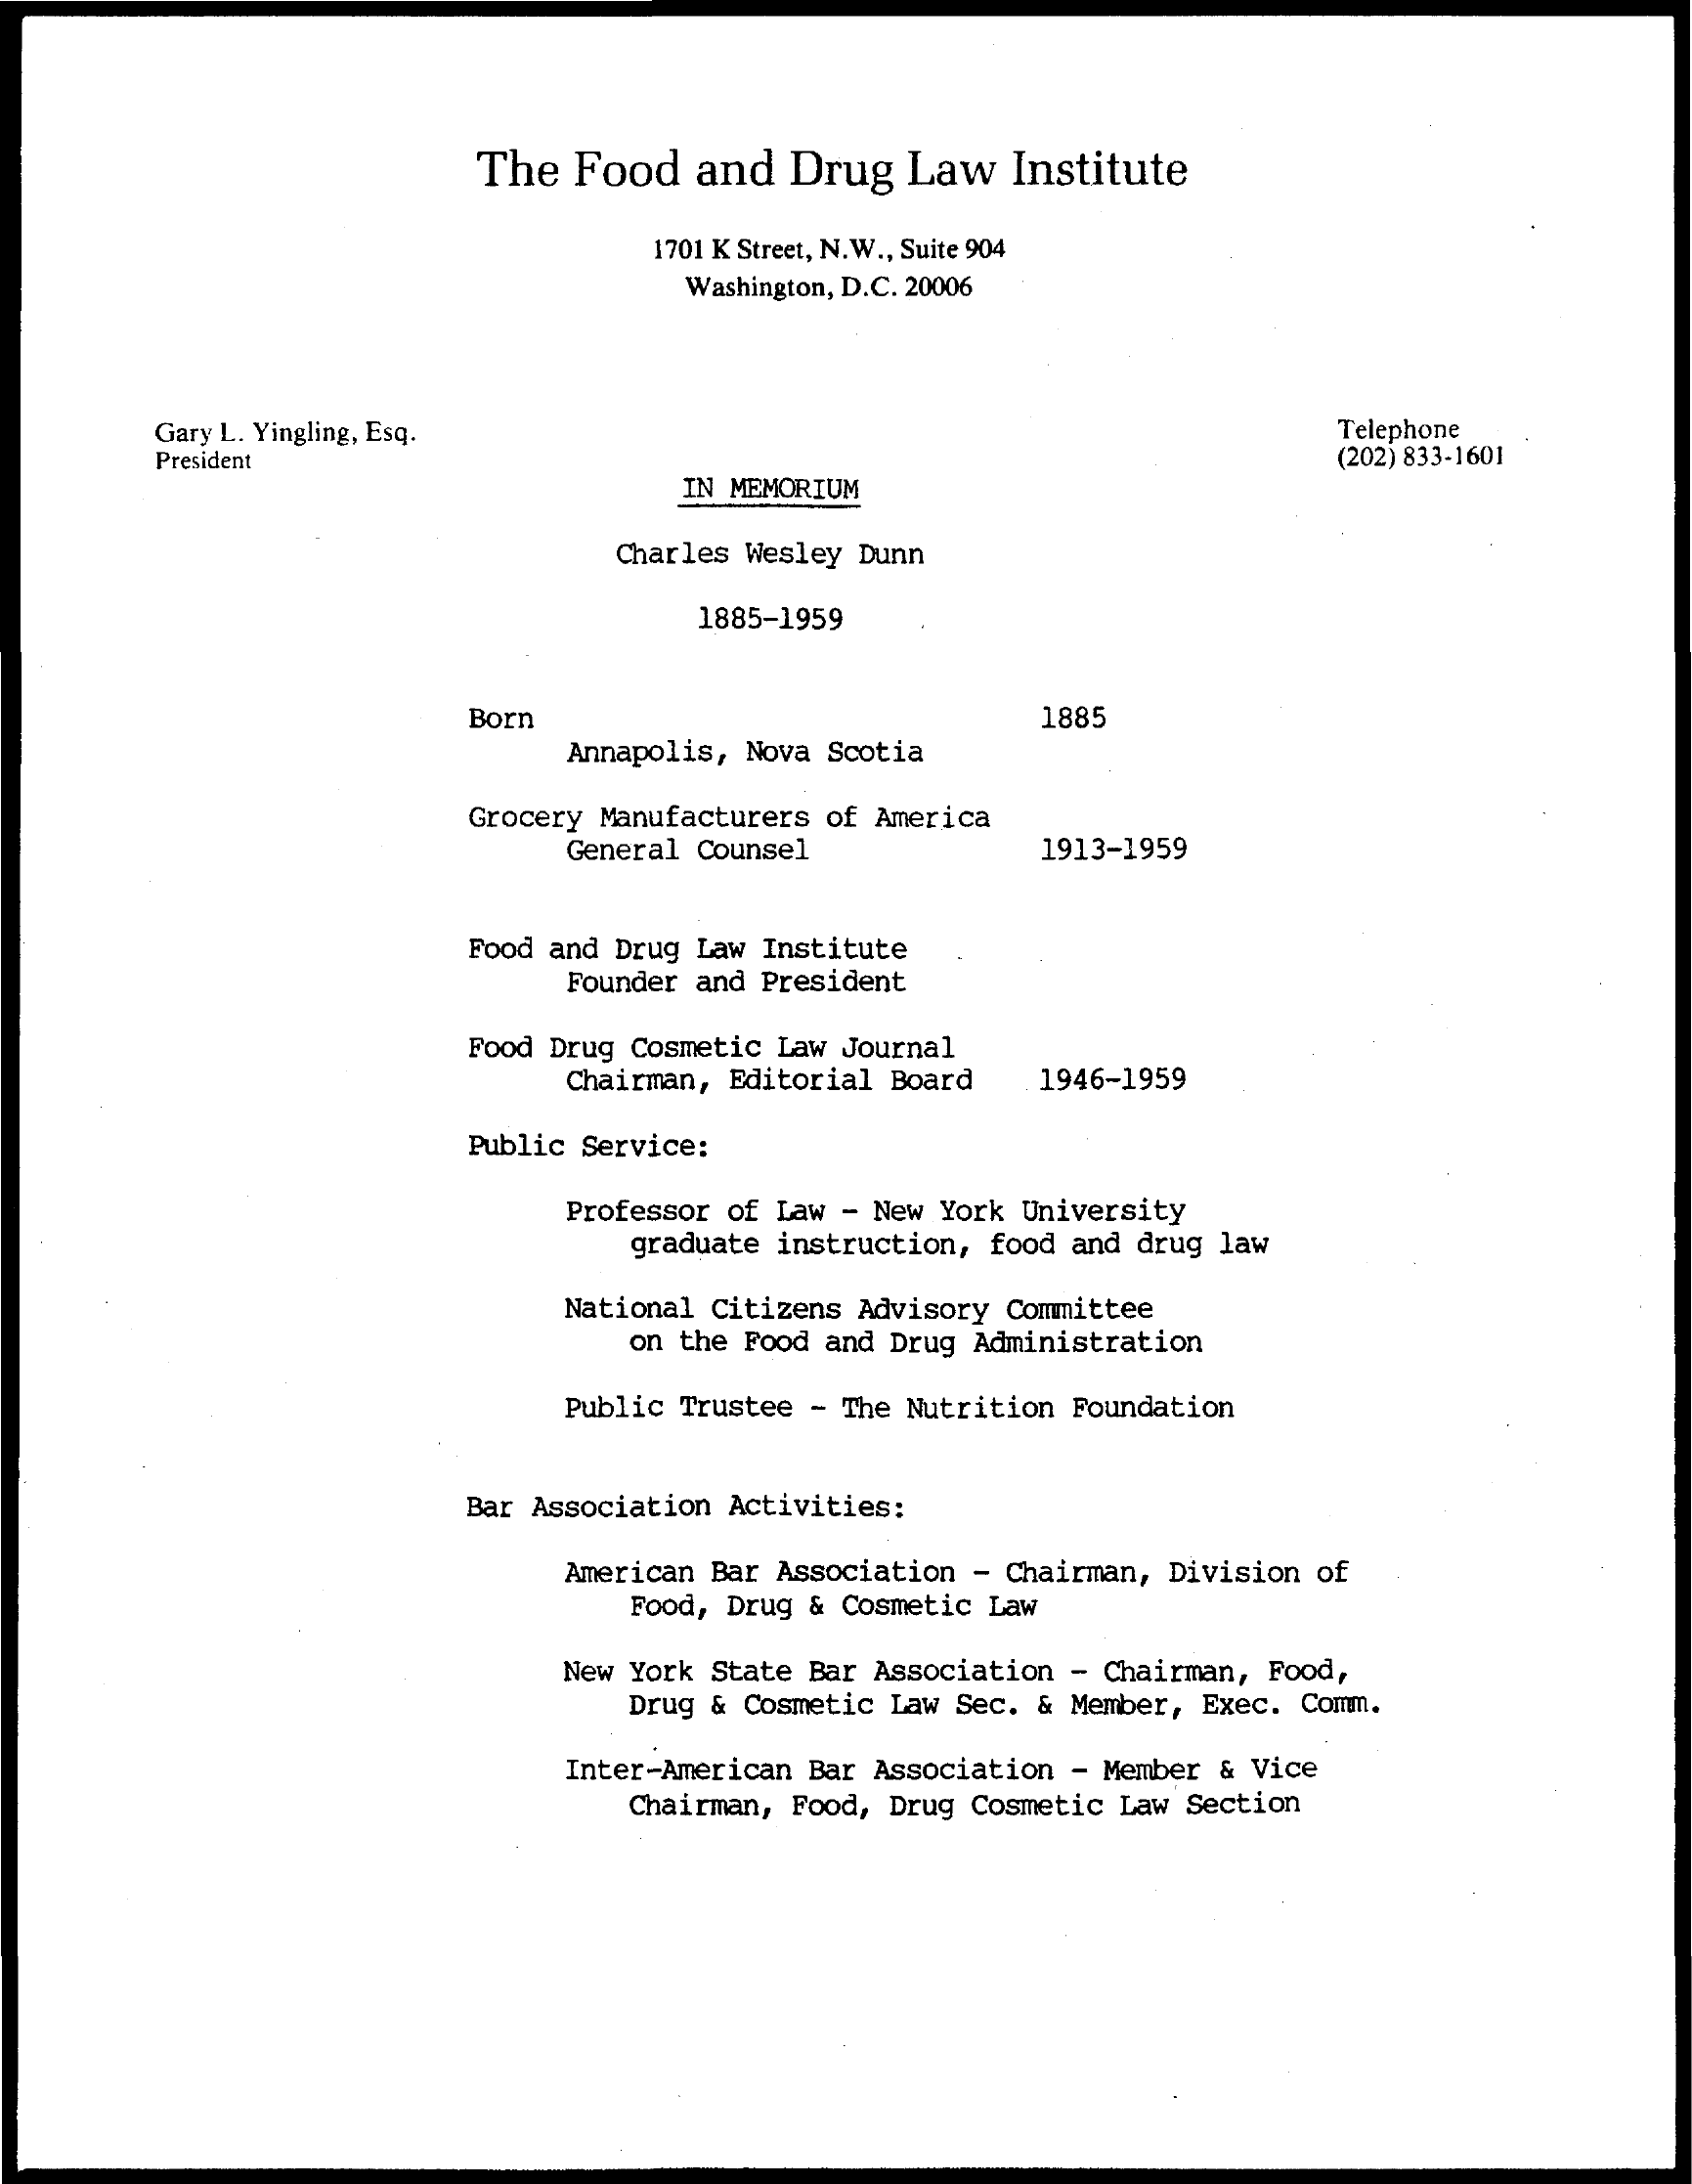
The Food   and  Drug  Law   Institute
     1701 K Street, N. W ., Suite 904
     Washington, D.C. 20006
     Gary L. Yingling, Esq.    Telephone
     President    (202) 833-1601
     IN MEMORIUM
     Charles Wesley Dunn
     1885-1959
     Born    1885
     Annapolis, Nova Scotia
     Grocery Manufacturers of America
     General Counsel    1913-1959
     Food and Drug Law Institute
     Founder and President
     Food Drug Cosmetic Law Journal
     Chairman, Editorial Board 1946-1959
     Public Service:
     Professor of Law - New York University
     graduate instruction, food and drug law
     National Citizens Advisory Committee
     on the Food and Drug Administration
     Public Trustee - The Nutrition Foundation
     Bar Association Activities:
     American Bar Association - Chairman, Division of
     Food, Drug & Cosmetic Law
     New York State Bar Association - Chairman, Food,
     Drug & Cosmetic Law Sec. & Member, Exec. Comm.
     Inter-American Bar Association - Member & Vice
     Chairman, Food, Drug Cosmetic Law Section